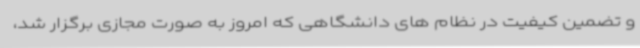
و تضمین کیفیت در نظام های دانشگاهی که امروز به صورت مجازی برگزار شد،